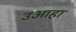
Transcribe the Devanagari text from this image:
उआहा